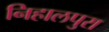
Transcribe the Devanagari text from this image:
निहालपुरा